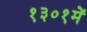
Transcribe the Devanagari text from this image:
१३०१में